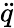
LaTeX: \ddot{q}